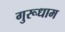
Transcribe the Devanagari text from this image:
गुरूधाम